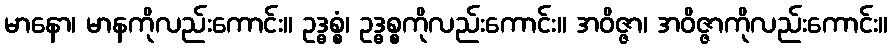
မာနော၊ မာနကိုလည်းကောင်း။ ဥဒ္ဓစ္စံ၊ ဥဒ္ဓစ္စကိုလည်းကောင်း။ အဝိဇ္ဇာ၊ အဝိဇ္ဇာကိုလည်းကောင်း။